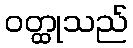
ဝတ္ထုသည်